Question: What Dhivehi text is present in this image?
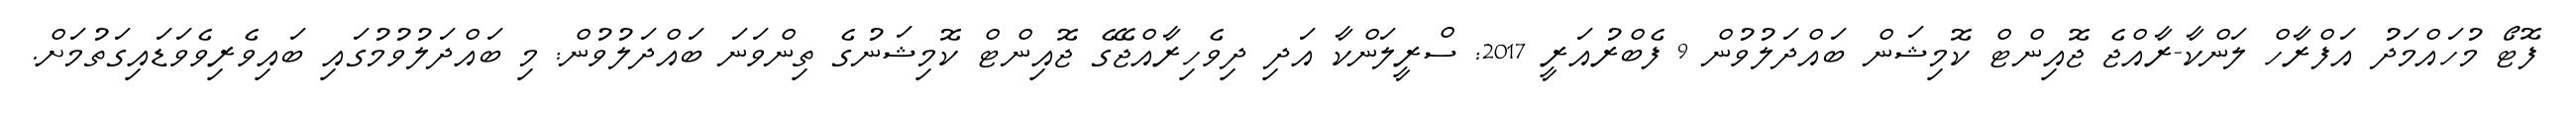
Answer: ފޮޓޯ މުހައްމަދު އަފްރާހް ލަންކާ-ރާއްޖެ ޖޮއިންޓް ކޮމިޝަން ބައްދަލުވުން 9 ފެބްރުއަރީ 2017: ސްރީލަންކާ އަދި ދިވެހިރާއްޖޭގެ ޖޮއިންޓް ކޮމިޝަނުގެ ތިންވަނަ ބައްދަލުވުން: މި ބައްދަލުވުމުގައި ބައިވެރިވެވަޑައިގަތުމަށް.